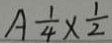
A \frac { 1 } { 4 } \times \frac { 1 } { 2 }